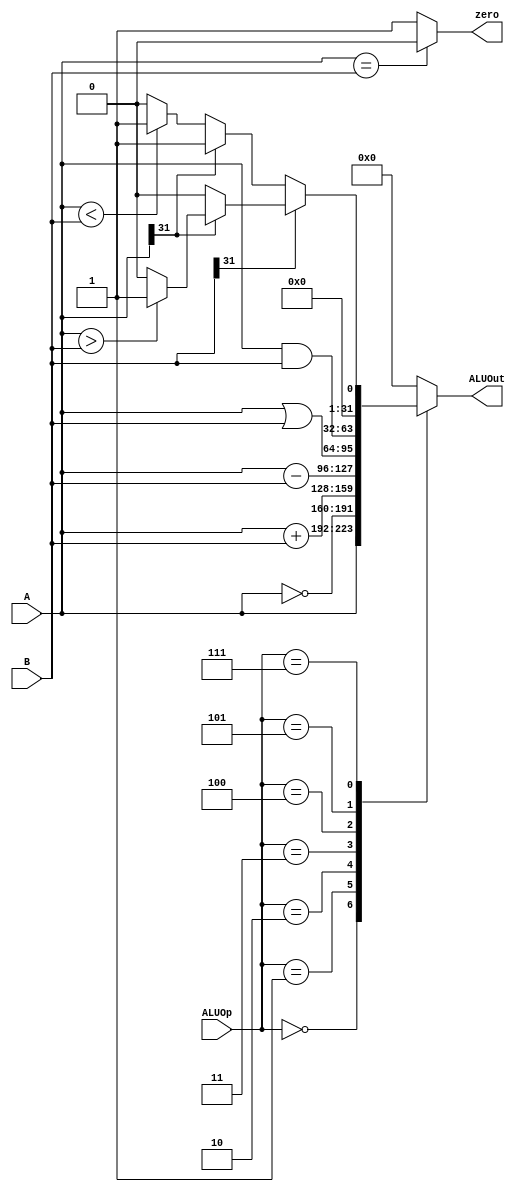
`timescale 1ns / 1ps
//////////////////////////////////////////////////////////////////////////////////
// Company: 
// Engineer: 
// 
// Design Name: 
// Module Name:    ALU 
// Project Name: 
// Target Devices: 
// Tool versions: 
// Description: 
//
// Dependencies: 
//
// Revision: 
// Revision 0.01 - File Created
// Additional Comments: 
//
//////////////////////////////////////////////////////////////////////////////////
module ALU(A,B,ALUOp,ALUOut,zero);
	
parameter DATA_WIDTH = 32;
parameter ALU_SELECT_WIDTH = 3;
	
//-------------Input Ports-----------------------------
input [DATA_WIDTH-1:0] A;
input [DATA_WIDTH-1:0] B;
input [ALU_SELECT_WIDTH-1:0] ALUOp;
//-------------Output Ports-----------------------------
output reg [DATA_WIDTH-1:0] ALUOut;
output reg zero;

wire [DATA_WIDTH-1:0] zero_bit;
assign zero_bit = 32'b0;

always@(A or B or ALUOp)
	begin
	zero <= (A==B)? 1'b0:1'b1;
	case(ALUOp)
		3'b000: ALUOut <= A;
		3'b001: ALUOut <= ~A;
		3'b010: ALUOut <= A+B;
		3'b011: ALUOut <= A-B;
		3'b100: ALUOut <= A|B;
		3'b101: ALUOut <= A&B;
		3'b111: if(B[DATA_WIDTH-1] == 0) begin
						if(A[DATA_WIDTH-1] == 0) begin
							ALUOut <= (A<B)? 32'd1:32'd0;
							end
						else begin
							ALUOut <= 32'd1;
							end
						end
					else begin
						if(A[DATA_WIDTH-1] == 0) begin
							ALUOut <= 32'd0;
							end
						else begin
							ALUOut <= (A>B)? 32'd1:32'd0;
							end
						end
		default: ALUOut <= zero_bit;
		endcase
	end

endmodule